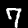
Digit: 7